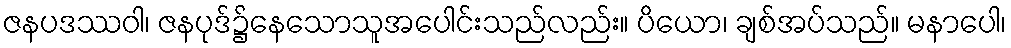
ဇနပဒဿဝါ၊ ဇနပုဒ်၌နေသောသူအပေါင်းသည်လည်း။ ပိယော၊ ချစ်အပ်သည်။ မနာပေါ၊